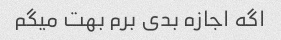
اگه اجازه بدی برم بهت میگم